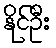
နိုင်ဦး